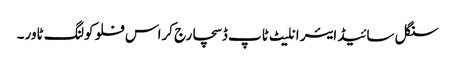
سنگل سائیڈ ایئر انلیٹ ٹاپ ڈسچارج کراس فلو کولنگ ٹاور۔